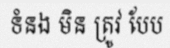
ទំនង មិន ត្រូវ បែប